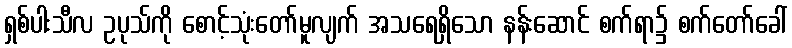
ရှစ်ပါးသီလ ဥပုသ်ကို စောင့်သုံးတော်မူလျက် အသရေရှိသော နန်းဆောင် စက်ရာ၌ စက်တော်ခေါ်